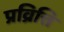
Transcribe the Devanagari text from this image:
प्रव्रित्ति